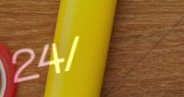
24/7